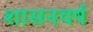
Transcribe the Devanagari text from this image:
शासनवर्ष